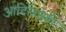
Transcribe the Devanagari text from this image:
आदिलशही